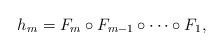
LaTeX: \begin{align*}h_m=F_m\circ F_{m-1}\circ\dots\circ F_1,\end{align*}